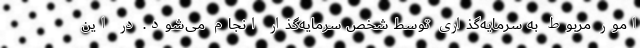
امور مربوط به سرمایه‌گذاری توسط شخص سرمایه‌گذار انجام می‌شود. در این